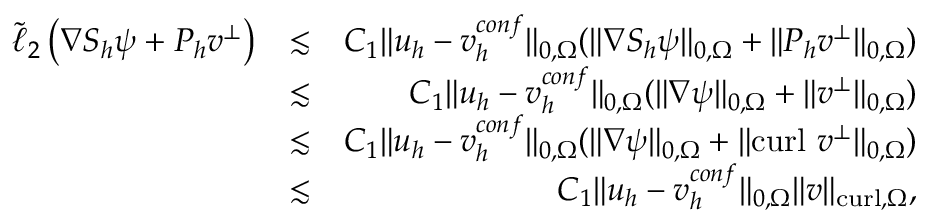
\begin{array} { r l r } { \tilde { \ell } _ { 2 } \left( \nabla S _ { h } \psi + \boldsymbol { P } _ { h } \boldsymbol { v } ^ { \bot } \right) } & { \lesssim } & { C _ { 1 } \| \boldsymbol { u } _ { h } - \boldsymbol { v } _ { h } ^ { c o n f } \| _ { 0 , \Omega } ( \| \nabla S _ { h } \psi \| _ { 0 , \Omega } + \| \boldsymbol { P } _ { h } \boldsymbol { v } ^ { \bot } \| _ { 0 , \Omega } ) } \\ & { \lesssim } & { C _ { 1 } \| \boldsymbol { u } _ { h } - \boldsymbol { v } _ { h } ^ { c o n f } \| _ { 0 , \Omega } ( \| \nabla \psi \| _ { 0 , \Omega } + \| \boldsymbol { v } ^ { \bot } \| _ { 0 , \Omega } ) } \\ & { \lesssim } & { C _ { 1 } \| \boldsymbol { u } _ { h } - \boldsymbol { v } _ { h } ^ { c o n f } \| _ { 0 , \Omega } ( \| \nabla \psi \| _ { 0 , \Omega } + \| \mathrm { c u r l } ~ \boldsymbol { v } ^ { \bot } \| _ { 0 , \Omega } ) } \\ & { \lesssim } & { C _ { 1 } \| \boldsymbol { u } _ { h } - \boldsymbol { v } _ { h } ^ { c o n f } \| _ { 0 , \Omega } \| \boldsymbol { v } \| _ { \mathrm { c u r l } , \Omega } , } \end{array}